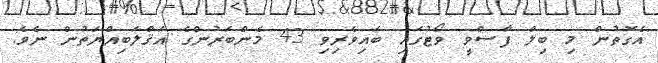
އެގޮތުން މި ބިލް ފާސްވީ ވޯޓުގައި ބައިވެރިވި 43 މެންބަރުންގެ އަޤްލަބިއްޔަތުން ނެވެ.